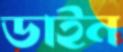
ডাইন